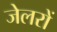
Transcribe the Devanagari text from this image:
जेलरों